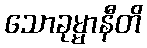
သောခုမ္မာနီတိ